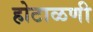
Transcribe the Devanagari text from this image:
होटाळणी